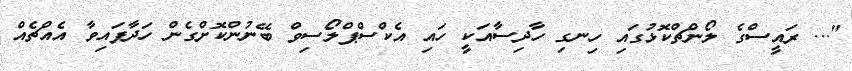
"... ރައީސްގެ ލޯންޗްކޮޅުގައި ހިނގި ހާދިސާއަކީ ހައި އެކްސްޕްލޯސިވް ބޭނުންކޮށްގެން ހަދާފައިވާ އެއްޗެއް